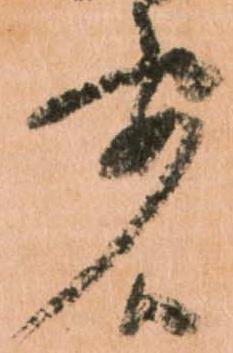
要